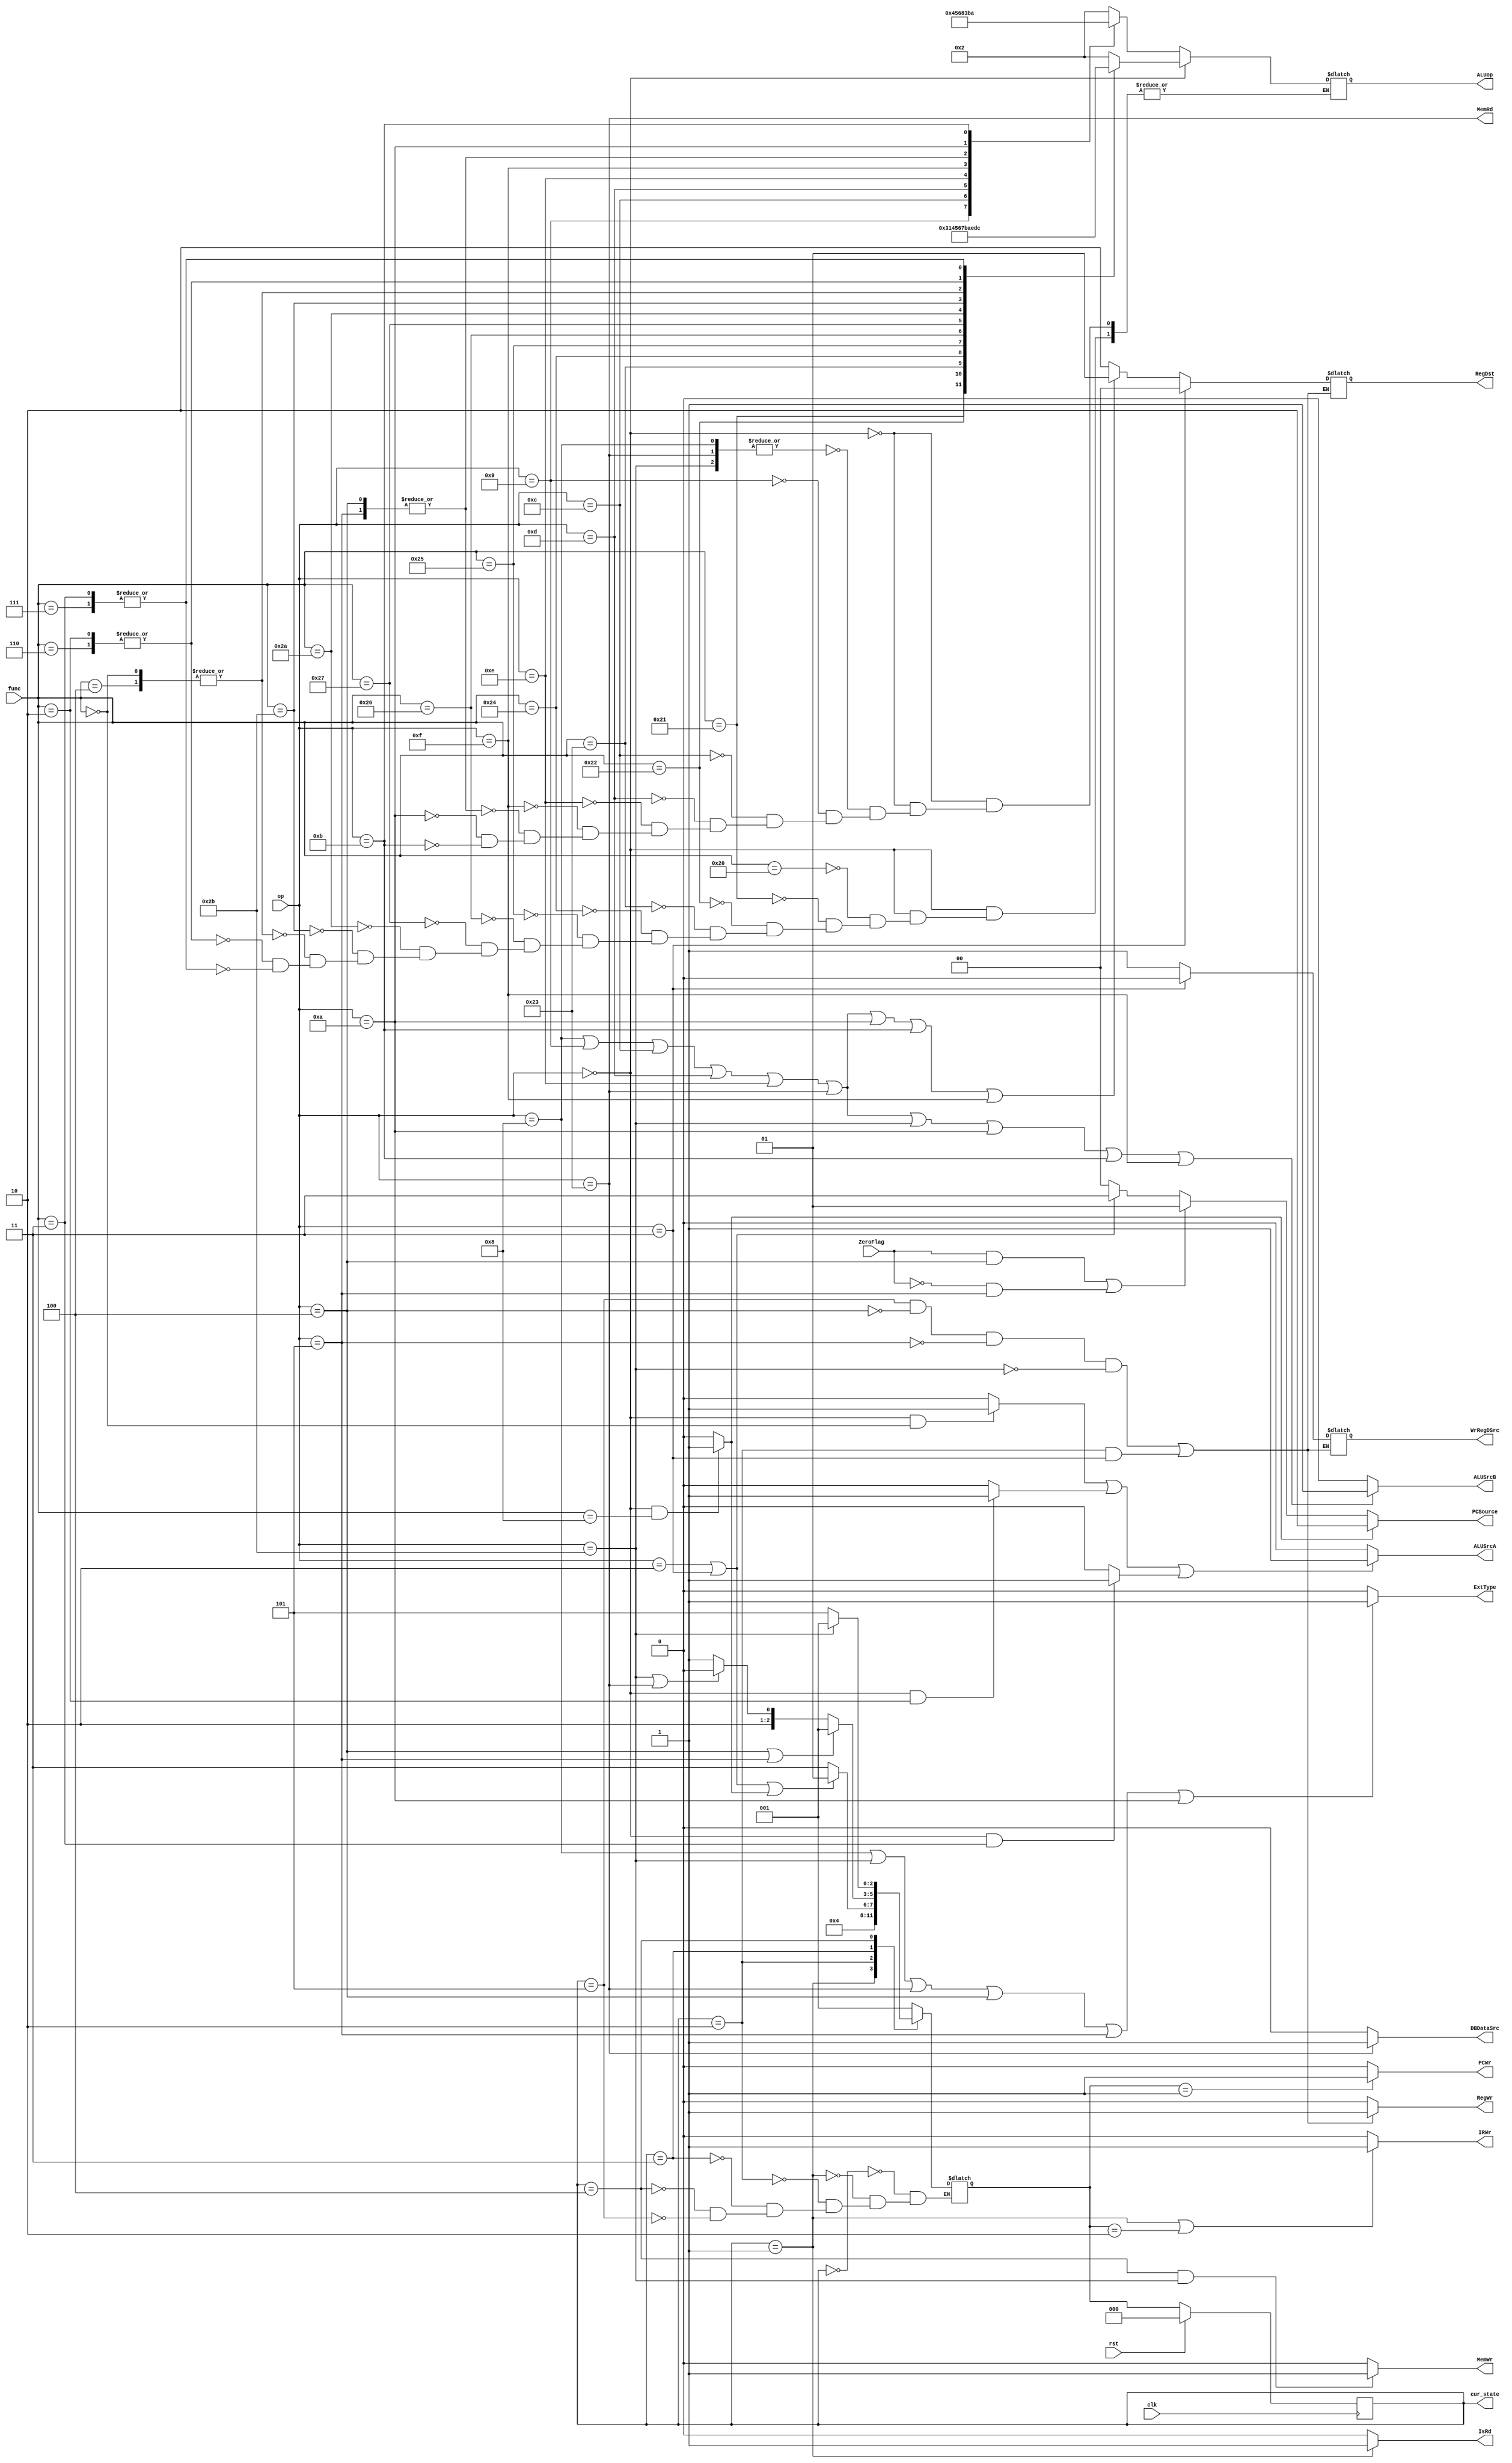
`timescale 1ns / 1ps
//////////////////////////////////////////////////////////////////////////////////
// Company: 
// Engineer: 
// 
// Design Name: 
// Module Name: ControlUnit
// Project Name: 
// Target Devices: 
// Tool Versions: 
// Description: 
// 
// Dependencies: 
// 
// Revision:
// Revision 0.01 - File Created
// Additional Comments:
// 
//////////////////////////////////////////////////////////////////////////////////


module ControlUnit(
    input            clk, 
    input            rst,
    input            ZeroFlag,

    input      [5:0] op,
    input      [5:0] func,
    // Control signals:
    // PC
    output reg       PCWr,
    output reg [1:0] PCSource,
    // IR
    output reg       IRWr,
    // Extend
    output reg       ExtType,
    // ROM
    output reg       IsRd,
    // RAM
    output reg       MemRd,
    output reg       MemWr,
    // RegFile
    output reg       RegWr,
    output reg [1:0] RegDst,
    // ALU
    output reg       ALUSrcA,
    output reg       ALUSrcB,
    output reg [3:0] ALUop

    ,output reg WrRegDSrc,
    output reg DBDataSrc,
    output [2:0] cur_state
);
    // instructions judge
    // R-type
    assign I_ADD  = (op == 6'b000000 && func == 6'b100000) ? 1 : 0;
    assign I_ADDU = (op == 6'b000000 && func == 6'b100001) ? 1 : 0;
    assign I_SUB  = (op == 6'b000000 && func == 6'b100010) ? 1 : 0;
    assign I_SUBU = (op == 6'b000000 && func == 6'b100011) ? 1 : 0;
    assign I_AND  = (op == 6'b000000 && func == 6'b100100) ? 1 : 0;
    assign I_OR   = (op == 6'b000000 && func == 6'b100101) ? 1 : 0;
    assign I_XOR  = (op == 6'b000000 && func == 6'b100110) ? 1 : 0;
    assign I_NOR  = (op == 6'b000000 && func == 6'b100111) ? 1 : 0;
    assign I_SLT  = (op == 6'b000000 && func == 6'b101010) ? 1 : 0;
    assign I_SLTU = (op == 6'b000000 && func == 6'b101011) ? 1 : 0;
    assign I_SLL  = (op == 6'b000000 && func == 6'b000000) ? 1 : 0;
    assign I_SRL  = (op == 6'b000000 && func == 6'b000010) ? 1 : 0;
    assign I_SRA  = (op == 6'b000000 && func == 6'b000011) ? 1 : 0;
    assign I_SLLV = (op == 6'b000000 && func == 6'b000100) ? 1 : 0;
    assign I_SRLV = (op == 6'b000000 && func == 6'b100110) ? 1 : 0;
    assign I_SRAV = (op == 6'b000000 && func == 6'b000111) ? 1 : 0;
    assign I_JR   = (op == 6'b000000 && func == 6'b001000) ? 1 : 0;
    // I-type
    assign I_ADDI  = (op == 6'b001000);
    assign I_ADDIU = (op == 6'b001001);
    assign I_ANDI  = (op == 6'b001100);
    assign I_ORI   = (op == 6'b001101);
    assign I_XORI  = (op == 6'b001110);
    assign I_LUI   = (op == 6'b001111);
    assign I_LW    = (op == 6'b100011);
    assign I_SW    = (op == 6'b101011);
    assign I_BEQ   = (op == 6'b000100);
    assign I_BNE   = (op == 6'b000101);
    assign I_SLTI  = (op == 6'b001010);
    assign I_SLTIU = (op == 6'b001011);
    // J-type
    assign I_J   = (op == 6'b000010);
    assign I_JAL = (op == 6'b000011);

    // state machine
    reg [2:0] state, next_state;
    localparam sINIT = 3'd0;
    localparam sIF   = 3'd1;
    localparam sID   = 3'd2;
    localparam sEXE  = 3'd3;
    localparam sMEM  = 3'd4;
    localparam sWB   = 3'd5;

    initial begin
        state = sINIT;
        PCWr = 0;
        PCSource = 0;
        IRWr = 0;
        ExtType = 0;
        IsRd = 0;
        MemRd = 0;
        MemWr = 0;
        RegWr = 0;
        RegDst = 2'b11;
        ALUSrcA = 0;
        ALUSrcB = 0;
        ALUop = 0;
        WrRegDSrc = 0;
        DBDataSrc = 0;
    end

    always @(negedge clk) begin
        if (rst) begin
            state <= sINIT;
        end
        else begin
            state <= next_state;
        end
    end

    always @(state or op or ZeroFlag) begin
        case (state)
            sINIT: begin
                next_state = sIF;
            end 
            sIF: begin
                next_state = sID;
            end
            sID: begin
                if (I_J || I_JAL || I_JR) begin
                    next_state = sIF;
                end
                else begin
                    next_state = sEXE;
                end
            end
            sEXE: begin
                if (I_BEQ || I_BNE) begin
                    next_state = sIF;
                end
                else if (I_SW || I_LW) begin
                    next_state = sMEM;
                end
                else begin
                    next_state = sWB;
                end
            end
            sMEM: begin
                if (I_SW) begin
                    next_state = sIF;
                end
                else begin
                    next_state = sWB;
                end
            end
            sWB: begin
                next_state = sIF;
            end
        endcase
    end

    // ALUop define
    localparam ALU_ADD  = 4'b0010;
    localparam ALU_ADDU = 4'b0000;
    localparam ALU_SUB  = 4'b0011;
    localparam ALU_SUBU = 4'b0001;
    localparam ALU_AND  = 4'b0100;
    localparam ALU_OR   = 4'b0101;
    localparam ALU_XOR  = 4'b0110;
    localparam ALU_NOR  = 4'b0111;
    localparam ALU_LUI  = 4'b1000;
    localparam ALU_SLT  = 4'b1011;
    localparam ALU_SLTU = 4'b1010;
    localparam ALU_SRA  = 4'b1100;
    localparam ALU_SLL  = 4'b1110;
    localparam ALU_SLR  = 4'b1111;
    localparam ALU_SRL  = 4'b1101;

    always @(state or op or ZeroFlag) begin
        // PCWr IsRd
        if (state == sIF) begin
            // PCWr = 1'b1;
            IsRd = 1'b1;
        end
        else begin
            // PCWr = 1'b0;
            IsRd = 1'b0;
        end

        if (next_state == sIF) begin
            PCWr = 1'b1;
        end
        else begin
            PCWr = 1'b0;
        end

        // IRWr
        if (state == sIF || next_state == sID) begin
            IRWr = 1'b1;
        end
        else begin
            IRWr = 1'b0;
        end

        // ALUSrcA
        if (I_SLL || I_SRL || I_SRA) begin
            ALUSrcA = 1'b1;
        end
        else begin
            ALUSrcA = 1'b0;
        end

        // ALUSrcB
        if (I_ADDI || I_ADDIU || I_ANDI || I_ORI || I_XORI || I_LW || I_SW || I_SLTI || I_SLTIU || I_LUI) begin
            // add LUI, just use the lower bits
            ALUSrcB = 1'b1;
        end
        else begin
            ALUSrcB = 1'b0;
        end

        // DBDataSrc
        if (I_LW) begin
            DBDataSrc = 1'b1;
        end
        else begin
            DBDataSrc = 1'b0;
        end

        // RegWr RegDst WrRegDSrc
        if ((state == sWB && !I_BEQ && !I_BNE && !I_SW) || (state == sID && I_JAL)) begin
            RegWr = 1'b1;
            if (I_JAL) begin
                WrRegDSrc = 1'b0;
                RegDst = 2'b00;
            end
            else begin
                WrRegDSrc = 1'b1;
                if (I_ADDI || I_ADDIU || I_ANDI || I_ORI || I_XORI || I_LW || I_SLTI || I_SLTIU || I_LUI) begin
                    RegDst = 2'b01;
                end
                else begin
                    RegDst = 2'b10;
                end
            end
        end
        else begin
            RegWr = 1'b0;
        end

        // MemRd MemWr
        MemRd = I_LW;
        MemWr = (state == sMEM && I_SW) ? 1 : 0;

        // ExtType
        ExtType = (I_ADDI || I_SW || I_LW || I_BEQ || I_BNE || I_SLTI) ? 1 : 0;

        // PCSource
        if (I_JR) begin
            PCSource = 2'b10;
        end
        else if ((ZeroFlag && I_BEQ) || (!ZeroFlag && I_BNE)) begin
            PCSource = 2'b01;
        end
        else if (I_J || I_JAL) begin
            PCSource = 2'b11;
        end
        else begin
            PCSource = 2'b00;
        end

        // ALU
        if (op == 6'b000000) begin
            case (func)
                6'b100000: begin
                    ALUop = ALU_ADD;
                end 
                6'b100001: begin
                    ALUop = ALU_ADDU;
                end
                6'b100010: begin
                    ALUop = ALU_SUB;
                end
                6'b100011: begin
                    ALUop = ALU_SUBU;
                end
                6'b100100: begin
                    ALUop = ALU_AND;
                end
                6'b100101: begin
                    ALUop = ALU_OR;
                end
                6'b100110: begin
                    ALUop = ALU_XOR;
                end
                6'b100111: begin
                    ALUop = ALU_NOR;
                end
                6'b101010: begin
                    ALUop = ALU_SLT;
                end
                6'b101011: begin
                    ALUop = ALU_SLTU;
                end
                6'b000000, 6'b000100: begin
                    ALUop = ALU_SLL;
                end
                6'b000010, 6'b000110: begin
                    ALUop = ALU_SRL;
                end
                6'b000011, 6'b000111: begin
                    ALUop = ALU_SRA;
                end
            endcase
        end
        else begin
            case (op)
                // ADDI + SW + LW
                6'b001000, 6'b101011, 6'b100011: begin
                    ALUop = ALU_ADD;
                end 
                6'b001001: begin
                    ALUop = ALU_ADDU;
                end
                6'b001100: begin
                    ALUop = ALU_AND;
                end
                6'b001101: begin
                    ALUop = ALU_OR;
                end
                6'b001110: begin
                    ALUop = ALU_XOR;
                end
                6'b001111: begin
                    ALUop = ALU_LUI;
                end
                6'b000100, 6'b000101: begin
                    ALUop = ALU_SUB;
                end
                6'b001010: begin
                    ALUop = ALU_SLT;
                end
                6'b001011: begin
                    ALUop = ALU_SLTU;
                end
            endcase
        end
    end



    // test
    assign cur_state = state;
endmodule